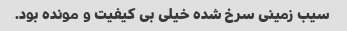
سیب زمینی سرخ شده خیلی بی کیفیت و مونده بود.